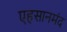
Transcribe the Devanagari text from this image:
एहसानमंद